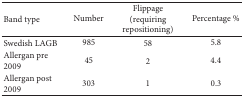
<table><thead><tr><td><b>Band type</b></td><td><b>Number</b></td><td><b>Flippage (requiring repositioning)</b></td><td><b>Percentage %</b></td></tr></thead><tbody><tr><td>Swedish LAGB</td><td>985</td><td>58</td><td>5.8</td></tr><tr><td>Allergan pre 2009</td><td>45</td><td>2</td><td>4.4</td></tr><tr><td>Allergan post 2009</td><td>303</td><td>1</td><td>0.3</td></tr></tbody></table>